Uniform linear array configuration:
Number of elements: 32
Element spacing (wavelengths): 0.5
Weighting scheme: cosine
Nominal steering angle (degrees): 60
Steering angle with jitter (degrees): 61.953
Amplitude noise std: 0.05
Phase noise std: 0.05

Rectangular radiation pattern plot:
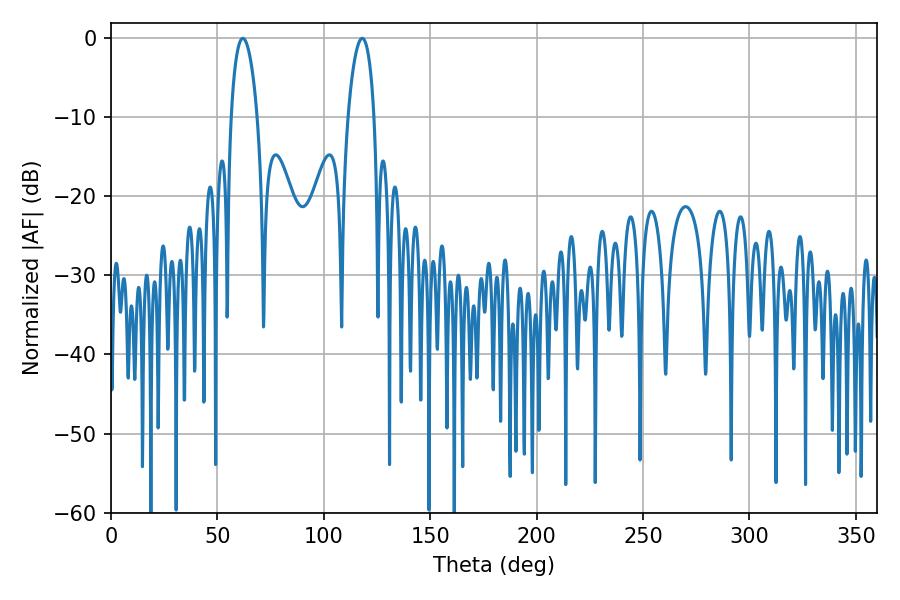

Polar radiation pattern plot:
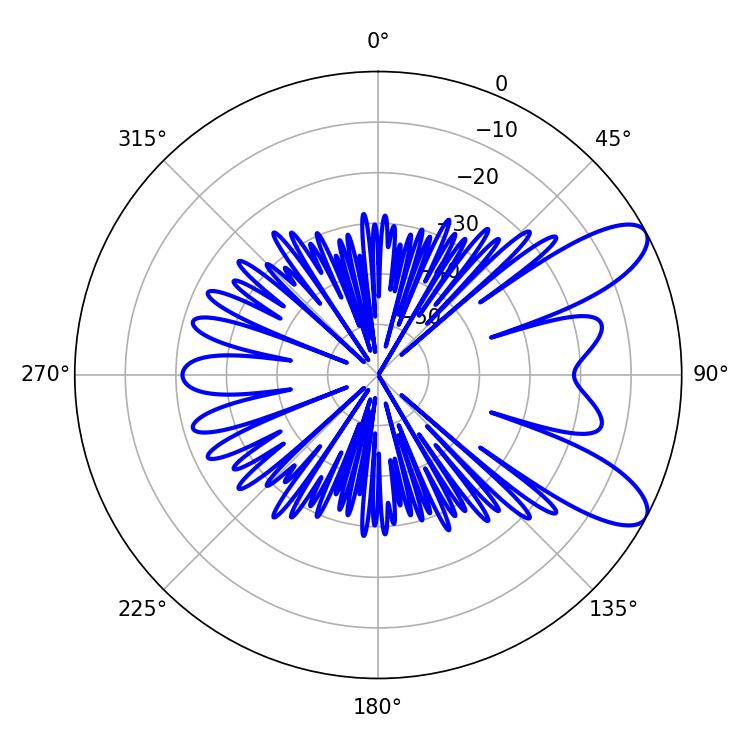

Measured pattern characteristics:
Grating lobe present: FALSE
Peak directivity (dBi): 9.253
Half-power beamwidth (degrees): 7.02
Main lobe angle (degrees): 61.92